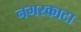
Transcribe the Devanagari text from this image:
नगरकाटा